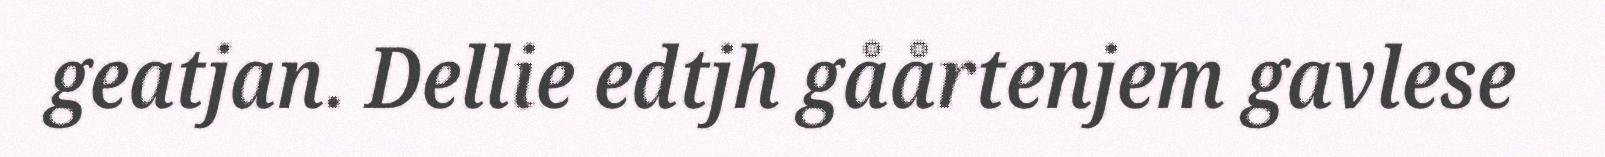
geatjan. Dellie edtjh gåårtenjem gavlese